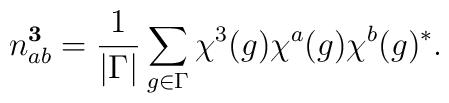
n_{ab}^{\bf 3} = \frac{1}{|\Gamma|} \sum_{g \in \Gamma}\chi^3(g) \chi^a(g) \chi^b(g)^*.